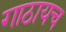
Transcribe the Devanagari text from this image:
गाठायच